Report on the working of the Ranchi Indian Mental Hospital, Kanke, in Bihar and Orissa - 1930-1940
Year: 1930
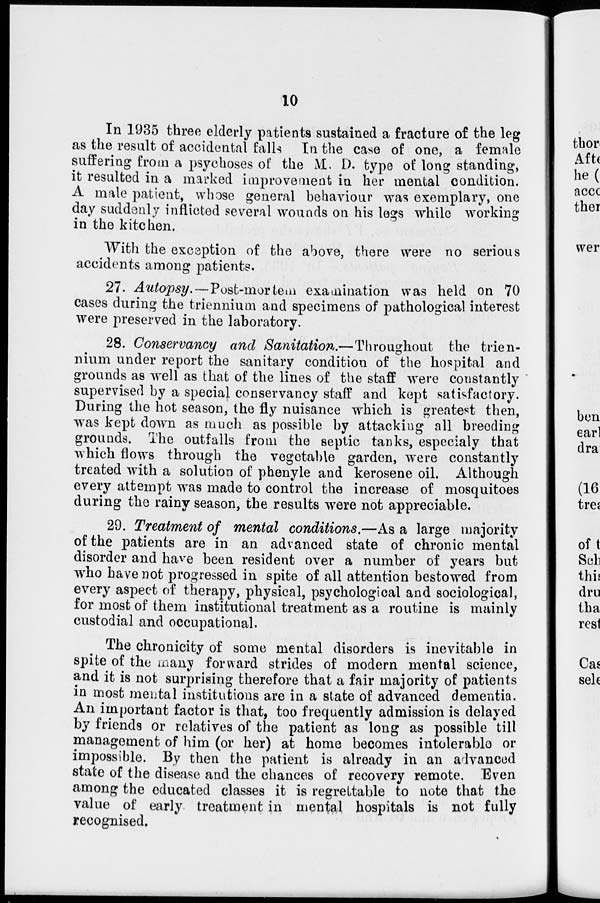
10
In 1935 three elderly patients sustained a fracture of the leg
as the result of accidental falls In the case of one, a female
suffering from a psychoses of the M. D. type of long standing,
it resulted in a marked improvement in her mental condition.
A male patient, whose general behaviour was exemplary, one
day suddenly inflicted several wounds on his legs while working
in the kitchen.
With the exception of the above, there were no serious
accidents among patients.
27. Autopsy.—Post-mortem examination was held on 70
cases during the triennium and specimens of pathological interest
were preserved in the laboratory.
28. Conservancy and Sanitation.—Throughout
the trien-
nium under report the sanitary condition of the hospital and
grounds as well as that of the lines of the staff were constantly
supervised by a special conservancy staff and kept satisfactory.
During the hot season, the fly nuisance which is greatest then,
was kept down as much as possible by attacking all breeding
grounds. The outfalls from the septic tanks, especialy that
which flows through the vegetable garden, were constantly
treated with a solution of phenyle and kerosene oil. Although
every attempt was made to control the increase of mosquitoes
during the rainy season, the results were not appreciable.
29. Treatment of mental conditions.—As a large majority
of the patients are in an advanced state of chronic mental
disorder and have been resident over a number of years but
who have not progressed in spite of all attention bestowed from
every aspect of therapy, physical, psychological and sociological,
for most of them institutional treatment as a routine is mainly
custodial and occupational.
The chronicity of some mental disorders is inevitable in
spite of the many forward strides of modern mental science,
and it is not surprising therefore that a fair majority of patients
in most mental institutions are in a state of advanced dementia.
An important factor is that, too frequently admission is delayed
by friends or relatives of the patient as long as possible till
management of him (or her) at home becomes intolerable or
impossible. By then the patient is already in an advanced
state of the disease and the chances of recovery remote. Even
among the educated classes it is regrettable to note that the
value of early treatment in mental hospitals is not fully
recognised.